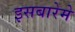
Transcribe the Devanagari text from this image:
इसबारेमे